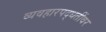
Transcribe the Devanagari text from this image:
व्यवहारपद्धतींवर